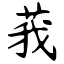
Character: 莪